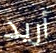
أريد